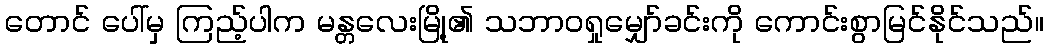
တောင် ပေါ်မှ ကြည့်ပါက မန္တလေးမြို့၏ သဘာဝရှုမျှော်ခင်းကို ကောင်းစွာမြင်နိုင်သည်။